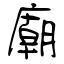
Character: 廟